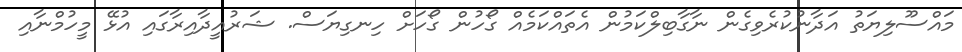
މައްސޫލިޔަތު އަދާނުކުރެވިގެން ނާގާބިލްކަމުން އެތައްކަމެއް ގޯހުން ގޯހަށް ހިނގިޔަސް. ޝަރުއީދާއިރާގައި އުޅޭ މީހުމްނާއި